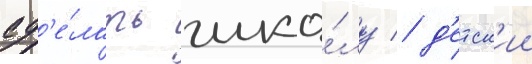
сд'е́лать шко́лу / д'етск'ии